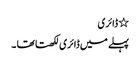
٭ ڈائری
پہلے میں ڈائری لکھتا تھا ۔